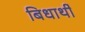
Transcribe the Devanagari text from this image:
बिधार्थी